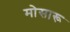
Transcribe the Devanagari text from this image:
मोसारू